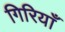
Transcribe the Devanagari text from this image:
गिरियाँ